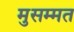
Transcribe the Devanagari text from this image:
मुसम्मत